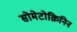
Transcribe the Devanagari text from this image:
सोमेटोक्रिनिन